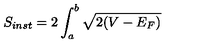
S _ { i n s t } = 2 \int _ { a } ^ { b } \sqrt { 2 ( V - E _ { F } ) }